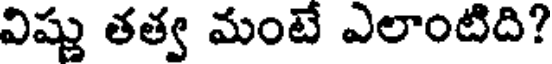
విష్ణు తత్వ మంటే ఎలాంటిది?